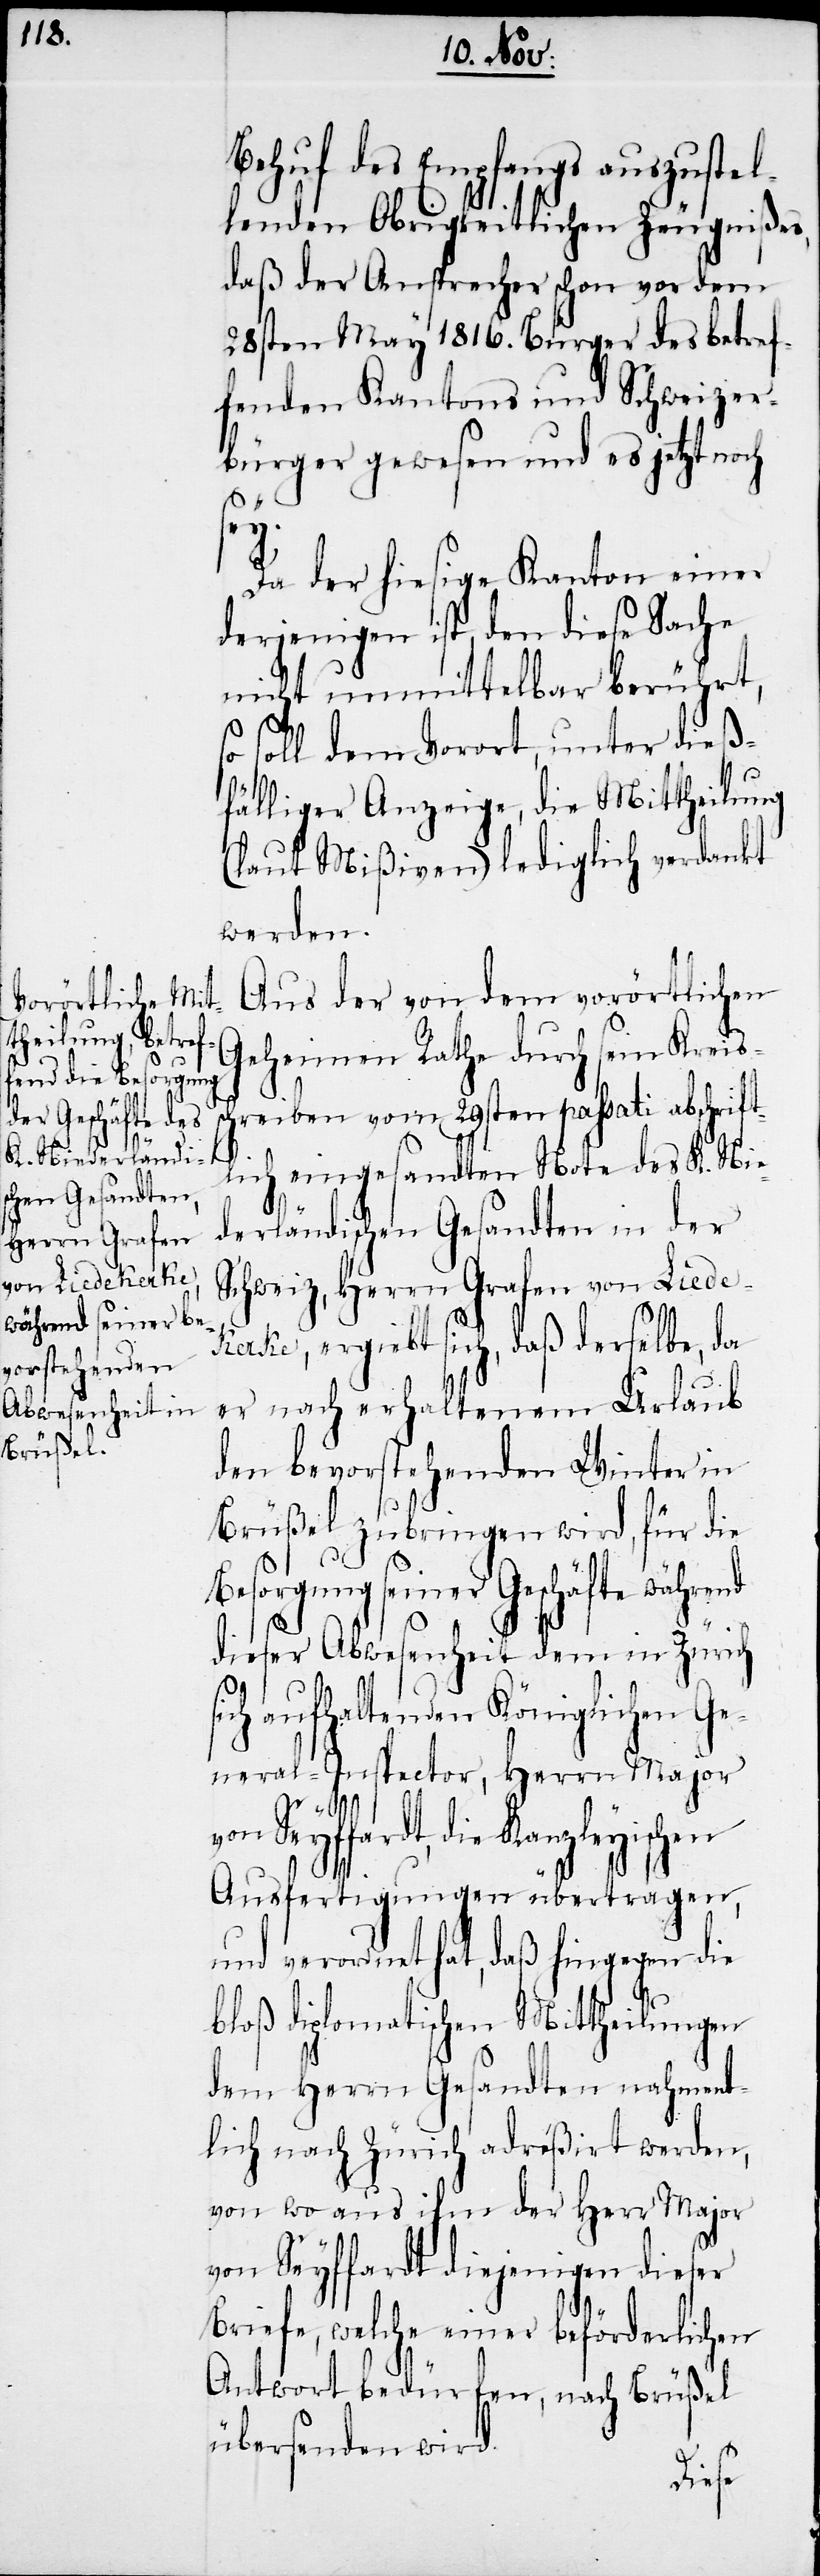
nd

Behuf des Empfangs auszustel¬
lenden Obrigkeitlichen Zeugnißes,
daß der Ansprecher schon vor dem
28sten May 1816. Bürger des betref¬
fenden Kantons und Schweizer¬
bürger gewesen und es jetzt noch
s¬
Da der hiesige Kanton einer
derjenigen ist, den diese Sache
nicht unmittelbar berührt,
so soll dem Vorort, unter dieß¬
fälliger Anzeige, die Mittheilung
(laut Mißiven) lediglich verdankt
werden.
Aus der von dem vorörtlichen
Geheimen Rathe durch sein Kreis¬
chreiben vom 29sten passati abschrift¬
lich eingesandten Note des K. Nie¬
derländischen Gesandten in der
Schweiz, Herrn Grafen von Liede¬
kerke, ergiebt sich, daß derselbe, da
er nach erhaltenem Urlaub
den bevorstehenden Winter in
Brüßel zubringen wird, für die
esorgung seiner Geschäfte währe¬
dieser Abwesenheit dem in Zürich
ich aufhaltenden Königlichen Ge¬
neral-Inspector, Herrn Major
die Kanzleyischen
Ausfertigungen übertragen,
und verordnet hat, daß hingegen die
bloß diplomatischen Mittheilungen
dem Herrn Gesandten nahment¬
lich nach Zürich adreßirt werden,
von wo aus ihm der Herr Major
von Seyffardt diejenigen dieser
Briefe, welche einer beförderlichen
Antwort bedürfen, nach Brüßel
übersenden wird.